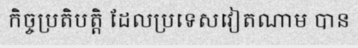
កិច្ចប្រតិបត្តិ ដែលប្រទេសវៀតណាម បាន